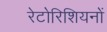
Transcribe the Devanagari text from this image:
रेटोरिशियनों